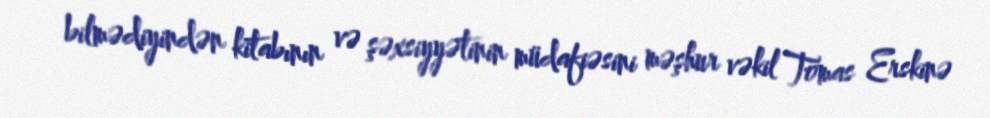
bilmədiyindən kitabının və şəxsiyyətinin müdafiəsini məşhur vəkil Tomas Erskinə